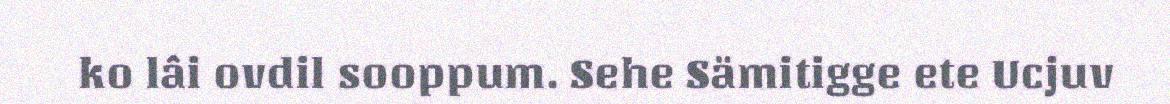
ko lâi ovdil sooppum. Sehe Sämitigge ete Ucjuv